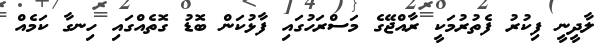
ލާދީނީ ފިކުރު ފެތުރުމަކީ ރާއްޖޭގެ މަސްރަހުގައި ފާޅުކަން ބޮޑު ގޮތެއްގައި ހިނގާ ކަމެއް